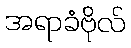
အရာခံဗိုလ်